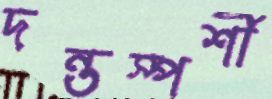
দন্তস্পর্শী